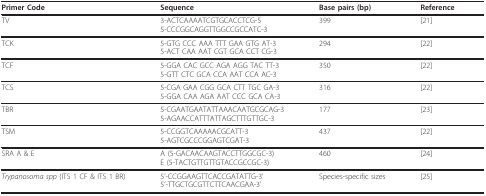
| Primer Code | Sequence | Base pairs (bp) | Reference |
 | --- | --- | --- | --- |
 | TV | 3-ACTCAAAATCGTGCACCTCG-55-CCCGGCAGGTTGGCCGCCATC-3 | 399 | [21] |
 | TCK | 5-GTG CCC AAA TTT GAA GTG AT-35-ACT CAA AAT CGT GCA CCT CG-3 | 294 | [22] |
 | TCF | 5-GGA CAC GCC AGA AGG TAC TT-35-GTT CTC GCA CCA AAT CCA AC-3 | 350 | [22] |
 | TCS | 5-CGA GAA CGG GCA CTT TGC GA-35-GGA CAA AGA AAT CCC GCA CA-3 | 316 | [22] |
 | TBR | 5-CGAATGAATATTAAACAATGCGCAG-35-AGAACCATTTATTAGCTTTGTTGC-3 | 177 | [23] |
 | TSM | 5-CCGGTCAAAAACGCATT-35-AGTCGCCCGGAGTCGAT-3 | 437 | [22] |
 | SRA A & E | A (5-GACAACAAGTACCTTGGCGC-3)E (5-TACTGTTGTTGTACCGCCGC-3) | 460 | [24] |
 | Trypanosoma spp (ITS 1 CF & ITS 1 BR) | 5'-CCGGAAGTTCACCGATATTG-3'5'-TTGCTGCGTTCTTCAACGAA-3' | Species-specific sizes | [25] |